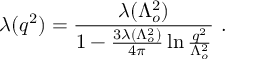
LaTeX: \lambda ( q ^ { 2 } ) = \frac { \lambda ( \Lambda _ { o } ^ { 2 } ) } { 1 - \frac { 3 \lambda ( \Lambda _ { o } ^ { 2 } ) } { 4 \pi } \ln \frac { q ^ { 2 } } { \Lambda _ { o } ^ { 2 } } } ~ .